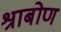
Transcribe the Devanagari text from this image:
श्राबोण